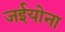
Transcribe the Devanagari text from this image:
जईयोना